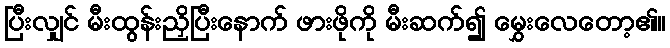
ပြီးလျှင် မီးထွန်းညှိပြီးနောက် ဖားဖိုကို မီးဆက်၍ မွှေးလေတော့၏။